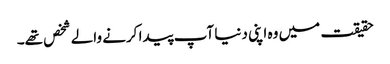
حقیقت میں وہ اپنی دنیا آپ پیدا کرنے والے شخص تھے۔